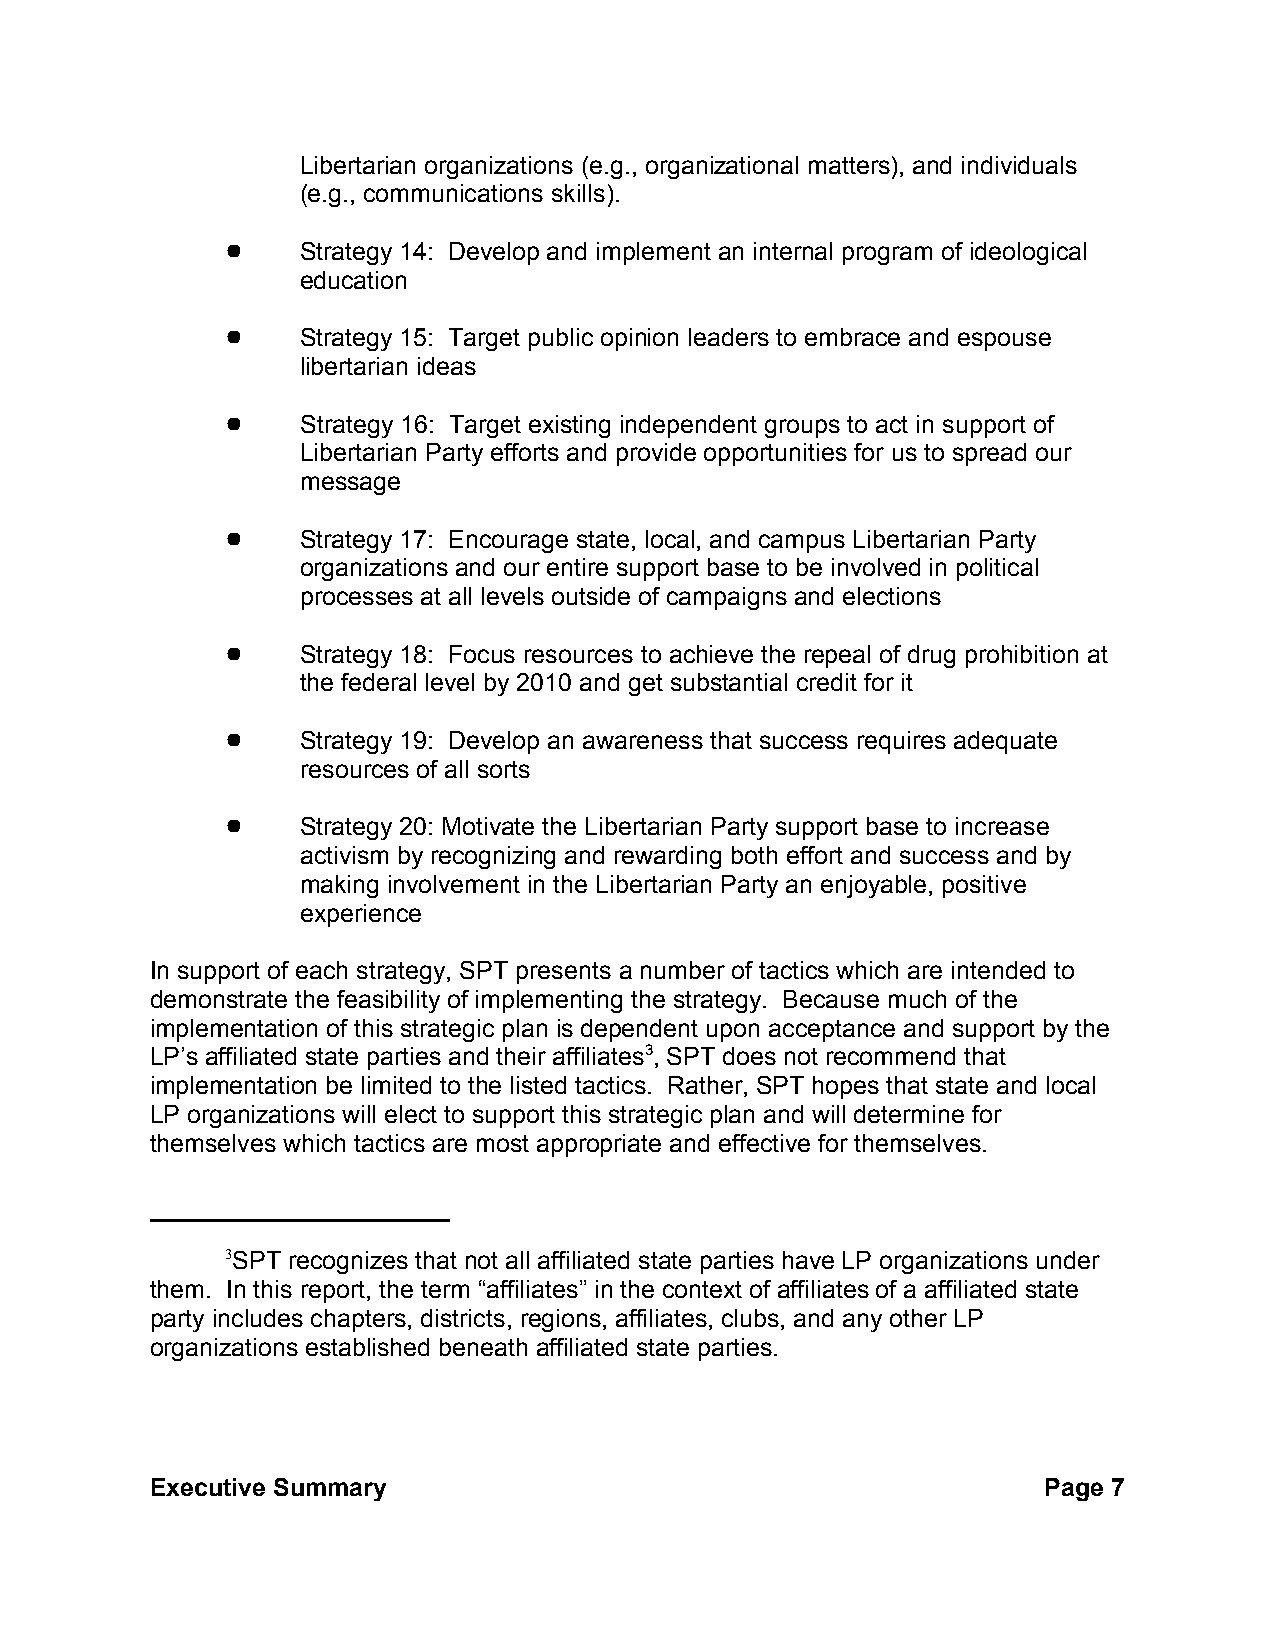
Libertarian organizations (e.g., organizational matters), and individuals
 (e.g., communications skills).
 !    Strategy 14: Develop and implement an internal program of ideological
 education
 !    Strategy 15: Target public opinion leaders to embrace and espouse
 libertarian ideas
 !    Strategy 16: Target existing independent groups to act in support of
 Libertarian Party efforts and provide opportunities for us to spread our
 message
 !    Strategy 17: Encourage state, local, and campus Libertarian Party
 organizations and our entire support base to be involved in political
 processes at all levels outside of campaigns and elections
 !    Strategy 18: Focus resources to achieve the repeal of drug prohibition at
 the federal level by 2010 and get substantial credit for it
 !    Strategy 19: Develop an awareness that success requires adequate
 resources of all sorts
 !    Strategy 20: Motivate the Libertarian Party support base to increase
 activism by recognizing and rewarding both effort and success and by
 making involvement in the Libertarian Party an enjoyable, positive
 experience
 In support of each strategy, SPT presents a number of tactics which are intended to
 demonstrate the feasibility of implementing the strategy. Because much of the
 implementation of this strategic plan is dependent upon acceptance and support by the
 LP’s affiliated state parties and their affiliates3, SPT does not recommend that
 implementation be limited to the listed tactics. Rather, SPT hopes that state and local
 LP organizations will elect to support this strategic plan and will determine for
 themselves which tactics are most appropriate and effective for themselves.
 3SPT recognizes that not all affiliated state parties have LP organizations under
 them. In this report, the term “affiliates” in the context of affiliates of a affiliated state
 party includes chapters, districts, regions, affiliates, clubs, and any other LP
 organizations established beneath affiliated state parties.
 Executive Summary                                          Page 7